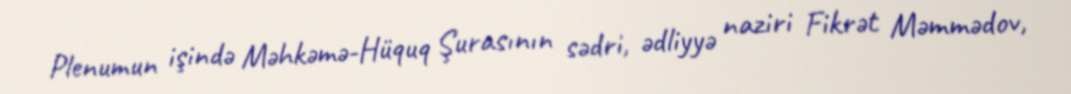
Plenumun işində Məhkəmə-Hüquq Şurasının sədri, ədliyyə naziri Fikrət Məmmədov,